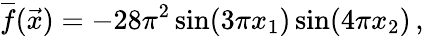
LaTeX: \overline{{f}}(\vec{x})=-28\pi^{2}\sin(3\pi x_{1})\sin(4\pi x_{2})\, ,